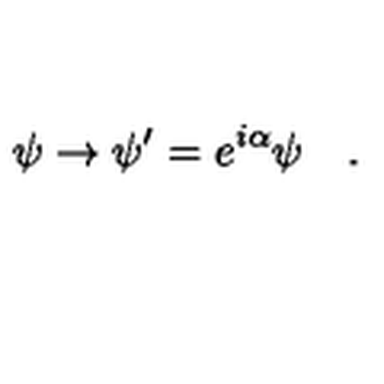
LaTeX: \psi \to \psi ^ { \prime } = e ^ { i \alpha } \psi \quad .